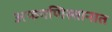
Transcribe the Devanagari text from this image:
अफगणिस्तानात